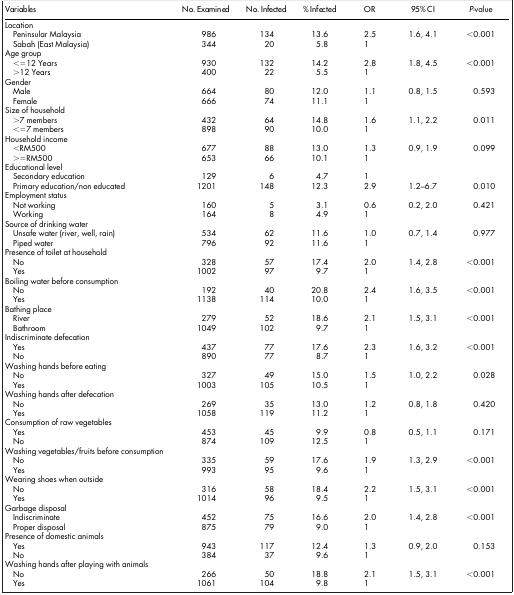
<table><thead><tr><td><b>Variables</b></td><td><b>No. Examined</b></td><td><b>No. Infected</b></td><td><b>% Infected</b></td><td><b>OR</b></td><td><b>95% CI</b></td><td><b><i>P</i>-value</b></td></tr></thead><tbody><tr><td>Location</td><td> </td><td> </td><td> </td><td> </td><td> </td><td> </td></tr><tr><td> Peninsular Malaysia</td><td>986</td><td>134</td><td>13.6</td><td>2.5</td><td>1.6, 4.1</td><td>&lt;0.001</td></tr><tr><td> Sabah (East Malaysia)</td><td>344</td><td>20</td><td>5.8</td><td>1</td><td> </td><td> </td></tr><tr><td>Age group</td><td> </td><td> </td><td> </td><td> </td><td> </td><td> </td></tr><tr><td> &lt; = 12 Years</td><td>930</td><td>132</td><td>14.2</td><td>2.8</td><td>1.8, 4.5</td><td>&lt;0.001</td></tr><tr><td> &gt;12 Years</td><td>400</td><td>22</td><td>5.5</td><td>1</td><td> </td><td> </td></tr><tr><td>Gender</td><td> </td><td> </td><td> </td><td> </td><td> </td><td> </td></tr><tr><td> Male</td><td>664</td><td>80</td><td>12.0</td><td>1.1</td><td>0.8, 1.5</td><td>0.593</td></tr><tr><td> Female</td><td>666</td><td>74</td><td>11.1</td><td>1</td><td> </td><td> </td></tr><tr><td>Size of household</td><td> </td><td> </td><td> </td><td> </td><td> </td><td> </td></tr><tr><td> &gt;7 members</td><td>432</td><td>64</td><td>14.8</td><td>1.6</td><td>1.1, 2.2</td><td>0.011</td></tr><tr><td> &lt; = 7 members</td><td>898</td><td>90</td><td>10.0</td><td>1</td><td> </td><td> </td></tr><tr><td>Household income</td><td> </td><td> </td><td> </td><td> </td><td> </td><td> </td></tr><tr><td> &lt;RM500</td><td>677</td><td>88</td><td>13.0</td><td>1.3</td><td>0.9, 1.9</td><td>0.099</td></tr><tr><td> &gt; = RM500</td><td>653</td><td>66</td><td>10.1</td><td>1</td><td> </td><td> </td></tr><tr><td>Educational level</td><td> </td><td> </td><td> </td><td> </td><td> </td><td> </td></tr><tr><td> Secondary education</td><td>129</td><td>6</td><td>4.7</td><td>1</td><td> </td><td> </td></tr><tr><td> Primary education/non educated</td><td>1201</td><td>148</td><td>12.3</td><td>2.9</td><td>1.2–6.7</td><td>0.010</td></tr><tr><td>Employment status</td><td> </td><td> </td><td> </td><td> </td><td> </td><td> </td></tr><tr><td> Not working</td><td>160</td><td>5</td><td>3.1</td><td>0.6</td><td>0.2, 2.0</td><td>0.421</td></tr><tr><td> Working</td><td>164</td><td>8</td><td>4.9</td><td>1</td><td> </td><td> </td></tr><tr><td>Source of drinking water</td><td> </td><td> </td><td> </td><td> </td><td> </td><td> </td></tr><tr><td> Unsafe water (river, well, rain)</td><td>534</td><td>62</td><td>11.6</td><td>1.0</td><td>0.7, 1.4</td><td>0.977</td></tr><tr><td> Piped water</td><td>796</td><td>92</td><td>11.6</td><td>1</td><td> </td><td> </td></tr><tr><td>Presence of toilet at household</td><td> </td><td> </td><td> </td><td> </td><td> </td><td> </td></tr><tr><td> No</td><td>328</td><td>57</td><td>17.4</td><td>2.0</td><td>1.4, 2.8</td><td>&lt;0.001</td></tr><tr><td> Yes</td><td>1002</td><td>97</td><td>9.7</td><td>1</td><td> </td><td> </td></tr><tr><td>Boiling water before consumption</td><td> </td><td> </td><td> </td><td> </td><td> </td><td> </td></tr><tr><td> No</td><td>192</td><td>40</td><td>20.8</td><td>2.4</td><td>1.6, 3.5</td><td>&lt;0.001</td></tr><tr><td> Yes</td><td>1138</td><td>114</td><td>10.0</td><td>1</td><td> </td><td> </td></tr><tr><td>Bathing place</td><td> </td><td> </td><td> </td><td> </td><td> </td><td> </td></tr><tr><td> River</td><td>279</td><td>52</td><td>18.6</td><td>2.1</td><td>1.5, 3.1</td><td>&lt;0.001</td></tr><tr><td> Bathroom</td><td>1049</td><td>102</td><td>9.7</td><td>1</td><td> </td><td> </td></tr><tr><td>Indiscriminate defecation</td><td> </td><td> </td><td> </td><td> </td><td> </td><td> </td></tr><tr><td> Yes</td><td>437</td><td>77</td><td>17.6</td><td>2.3</td><td>1.6, 3.2</td><td>&lt;0.001</td></tr><tr><td> No</td><td>890</td><td>77</td><td>8.7</td><td>1</td><td> </td><td> </td></tr><tr><td>Washing hands before eating</td><td> </td><td> </td><td> </td><td> </td><td> </td><td> </td></tr><tr><td> No</td><td>327</td><td>49</td><td>15.0</td><td>1.5</td><td>1.0, 2.2</td><td>0.028</td></tr><tr><td> Yes</td><td>1003</td><td>105</td><td>10.5</td><td>1</td><td> </td><td> </td></tr><tr><td>Washing hands after defecation</td><td> </td><td> </td><td> </td><td> </td><td> </td><td> </td></tr><tr><td> No</td><td>269</td><td>35</td><td>13.0</td><td>1.2</td><td>0.8, 1.8</td><td>0.420</td></tr><tr><td> Yes</td><td>1058</td><td>119</td><td>11.2</td><td>1</td><td> </td><td> </td></tr><tr><td>Consumption of raw vegetables</td><td> </td><td> </td><td> </td><td> </td><td> </td><td> </td></tr><tr><td> Yes</td><td>453</td><td>45</td><td>9.9</td><td>0.8</td><td>0.5, 1.1</td><td>0.171</td></tr><tr><td> No</td><td>874</td><td>109</td><td>12.5</td><td>1</td><td> </td><td> </td></tr><tr><td>Washing vegetables/fruits before consumption</td><td> </td><td> </td><td> </td><td> </td><td> </td><td> </td></tr><tr><td> No</td><td>335</td><td>59</td><td>17.6</td><td>1.9</td><td>1.3, 2.9</td><td>&lt;0.001</td></tr><tr><td> Yes</td><td>993</td><td>95</td><td>9.6</td><td>1</td><td> </td><td> </td></tr><tr><td>Wearing shoes when outside</td><td> </td><td> </td><td> </td><td> </td><td> </td><td> </td></tr><tr><td> No</td><td>316</td><td>58</td><td>18.4</td><td>2.2</td><td>1.5, 3.1</td><td>&lt;0.001</td></tr><tr><td> Yes</td><td>1014</td><td>96</td><td>9.5</td><td>1</td><td> </td><td> </td></tr><tr><td>Garbage disposal</td><td> </td><td> </td><td> </td><td> </td><td> </td><td> </td></tr><tr><td> Indiscriminate</td><td>452</td><td>75</td><td>16.6</td><td>2.0</td><td>1.4, 2.8</td><td>&lt;0.001</td></tr><tr><td> Proper disposal</td><td>875</td><td>79</td><td>9.0</td><td>1</td><td> </td><td> </td></tr><tr><td>Presence of domestic animals</td><td> </td><td> </td><td> </td><td> </td><td> </td><td> </td></tr><tr><td> Yes</td><td>943</td><td>117</td><td>12.4</td><td>1.3</td><td>0.9, 2.0</td><td>0.153</td></tr><tr><td> No</td><td>384</td><td>37</td><td>9.6</td><td>1</td><td> </td><td> </td></tr><tr><td>Washing hands after playing with animals</td><td> </td><td> </td><td> </td><td> </td><td> </td><td> </td></tr><tr><td> No</td><td>266</td><td>50</td><td>18.8</td><td>2.1</td><td>1.5, 3.1</td><td>&lt;0.001</td></tr><tr><td> Yes</td><td>1061</td><td>104</td><td>9.8</td><td>1</td><td> </td><td> </td></tr></tbody></table>